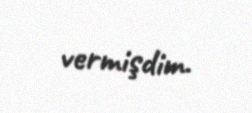
vermişdim.